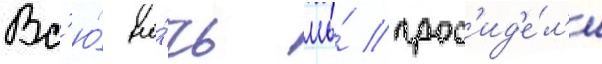
Вс'ю́ но́чь мы́ прос'ид'е́л'и